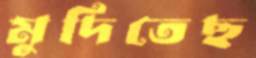
মুদিতেছ